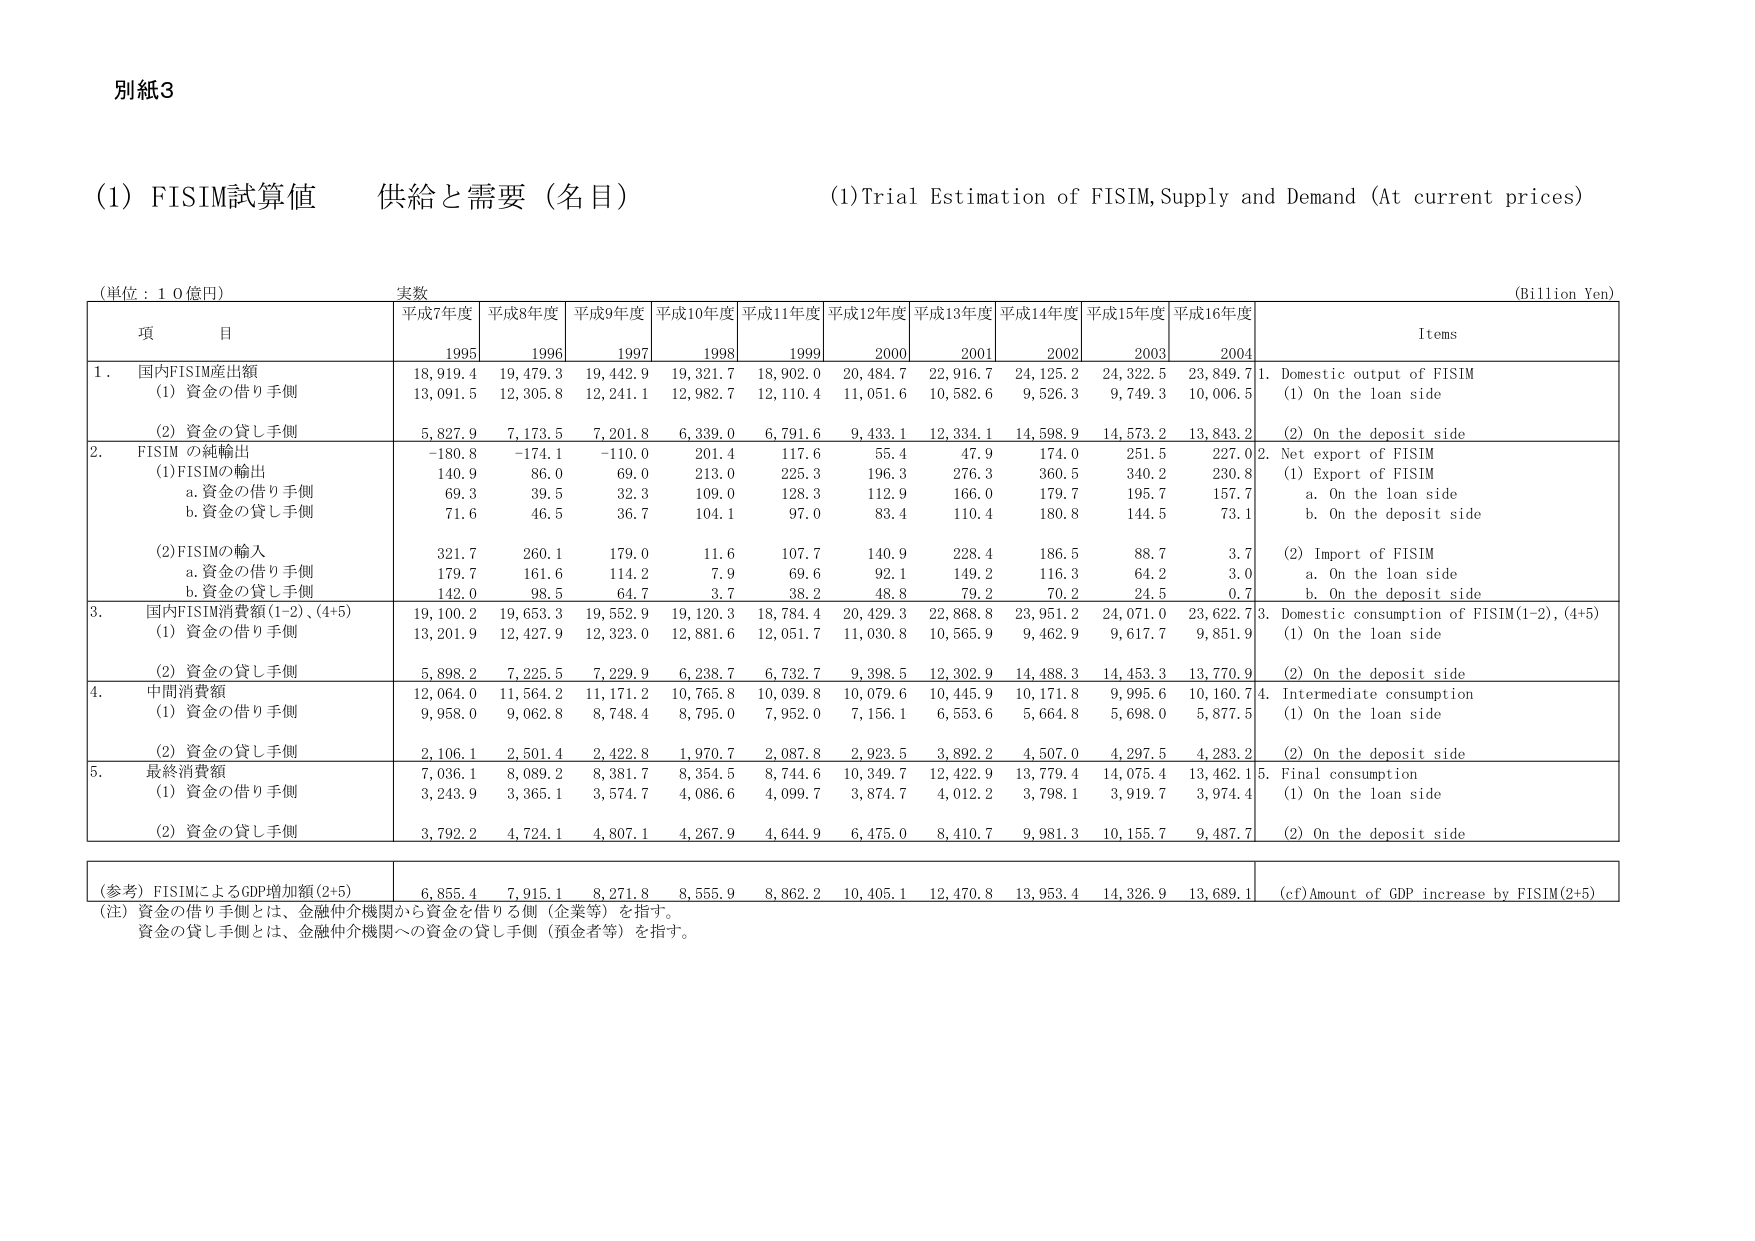
別紙3

(1) FISIM試算値　供給と需要（名目）　　　　　　　　　　　　　　　　　(1)Trial Estimation of FISIM, Supply and Demand (At current prices)

(単位：10億円)